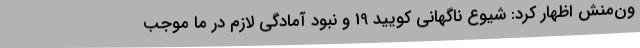
ون‌منش اظهار کرد: شیوع ناگهانی کویید 19 و نبود آمادگی لازم در ما موجب